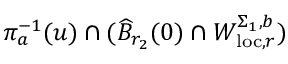
\pi _ { a } ^ { - 1 } ( u ) \cap ( \widehat { B } _ { r _ { 2 } } ( 0 ) \cap W _ { \mathrm { l o c } , r } ^ { \Sigma _ { 1 } , b } )